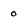
Character: 0